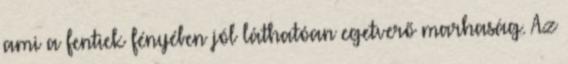
ami a fentiek fényében jól láthatóan egetverő marhaság. Az